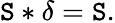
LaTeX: \mathtt{S}*\delta=\mathtt{S}.